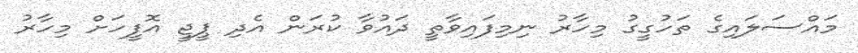
މައްސަލައިގެ ތަހުގީގު މިހާރު ނިމިފައިވާތީ ދައުވާ ކުރަން އެދި ޕީޖީ އޮފީހަށް މިހާރު